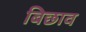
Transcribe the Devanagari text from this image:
बिछाव